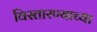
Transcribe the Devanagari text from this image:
विस्तारण्याच्या